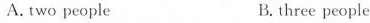
A.two people B.three people